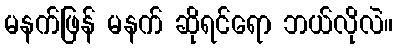
မနက်ဖြန် မနက် ဆိုရင်ရော ဘယ်လိုလဲ။